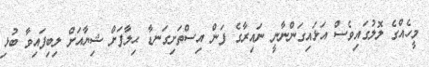
މީހެއްގެ ލޮލުގައިވެސް އަޅައިގަންނާނީ ނައިރާގެ ފަން އިސްތަށިގަނޑާ ޙިލާފަށް ޝިޔާއަށް ލިބިފައިވާ ބުޅި